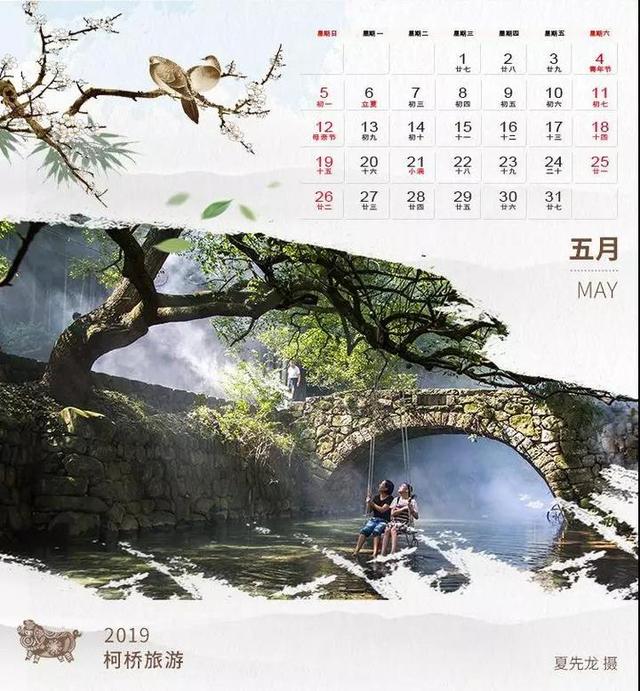
五月虽热麦风清，檐头索索缲车鸣。